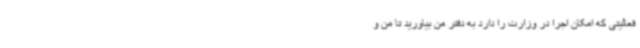
فعالیتی که امکان اجرا در وزارت را دارد به دفتر من بیاورید تا من و